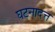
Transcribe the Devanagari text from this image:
घटनादत्त